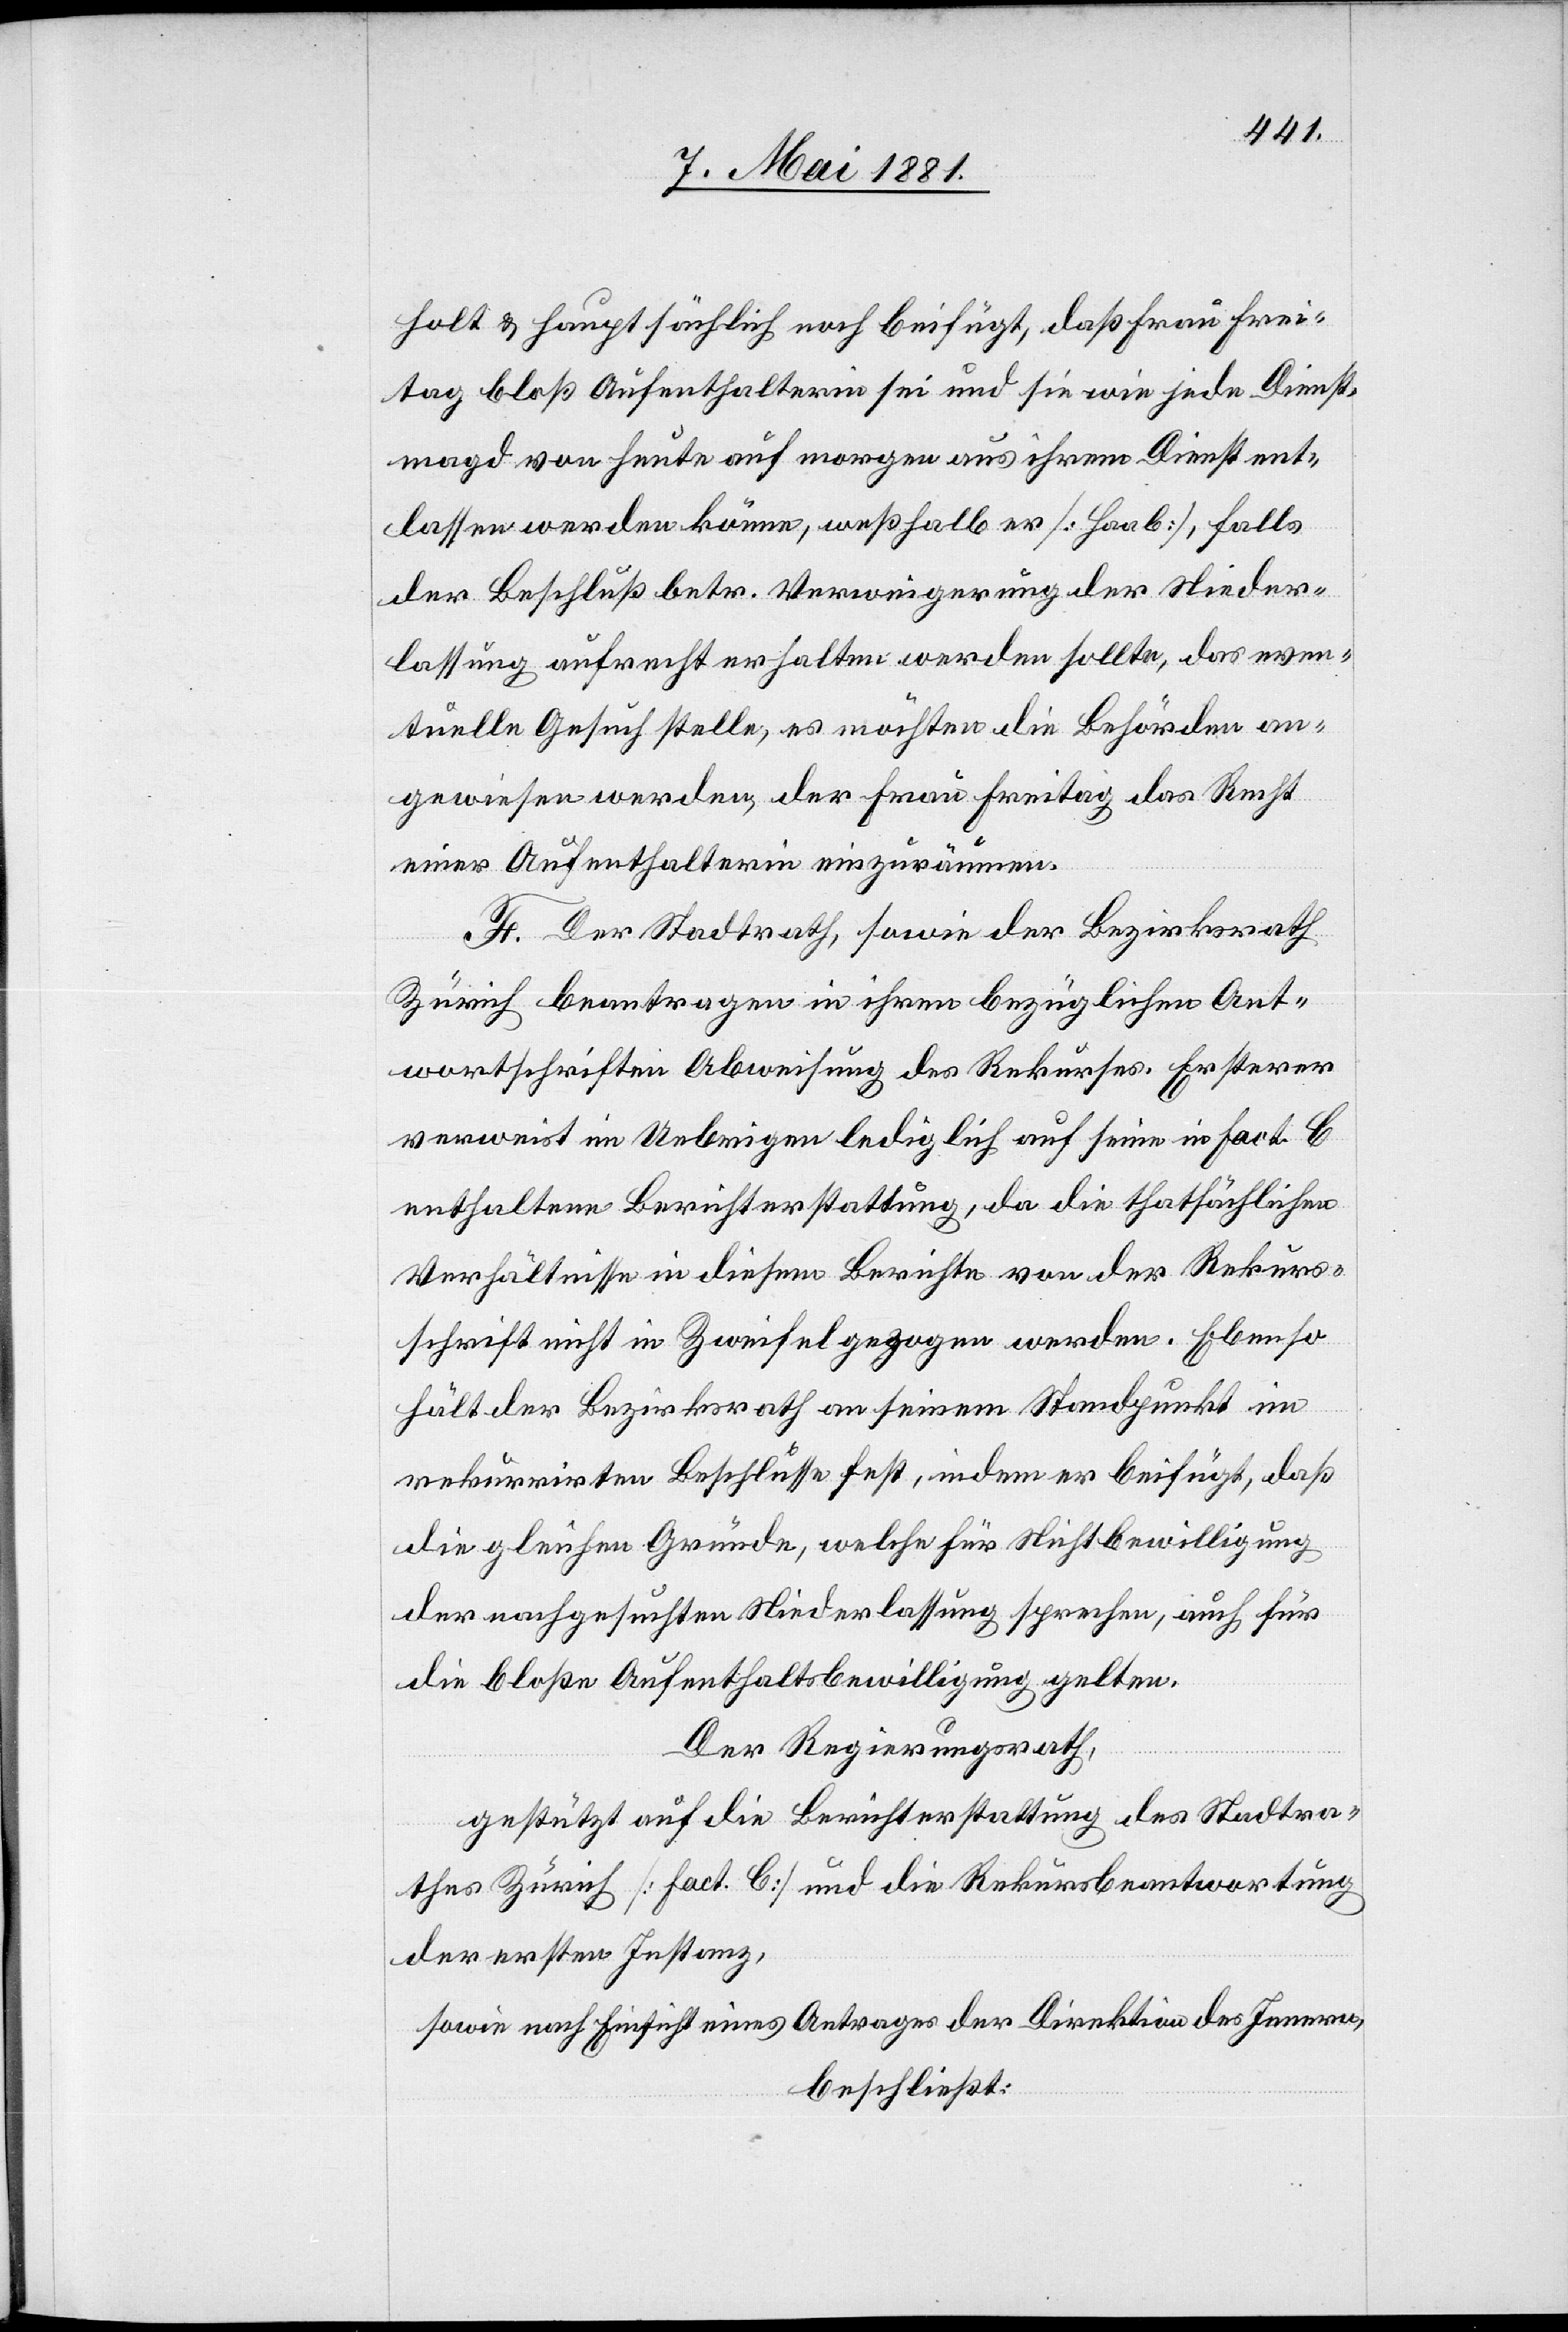
holt & hauptsächlich noch beifügt, daß Frau Frei¬
tag bloß Aufenthalterin sei und sie wie jede Dienst¬
magd von heute auf morgen aus ihrem Dienst ent¬
lassen werden könne, weßhalb er [Haab], falls
der Beschluß betr. Verweigerung der Nieder¬
lassung aufrechterhalten werden sollte, das even¬
tuelle Gesuch stelle, es möchten die Behörden an¬
gewiesen werden, der Frau Freitag das Recht
einer Aufenthalterin einzuräumen.
F. Der Stadtrath, sowie der Bezirksrath
Zürich beantragen in ihrem bezüglichen Ant¬
wortschreiben Abweisung des Rekurses. Ersterer
verweist im Uebrigen lediglich auf seine in Fact C
enthaltene Berichterstattung, da die thatsächlichen
Verhältnisse in diesem Berichte von der Rekurs¬
schrift nicht in Zweifel gezogen werden. Ebenso
hält der Bezirksrath an seinem Standpunkt im
rekurrirten Beschlusse fest, indem er beifügt, daß
die gleichen Gründe, welche für Nichtbewilligung
der nachgesuchten Niederlassung sprechen, auch für
die bloße Aufenthaltsbewilligung gelten.
Der Regierungsrath,
gestützt auf die Berichterstattung des Stadtra¬
thes Zürich [Fact C] und die Rekursbeantwortung
der ersten Instanz,
sowie nach Einsicht eines Antrages der Direktion des Innern,
beschließt: